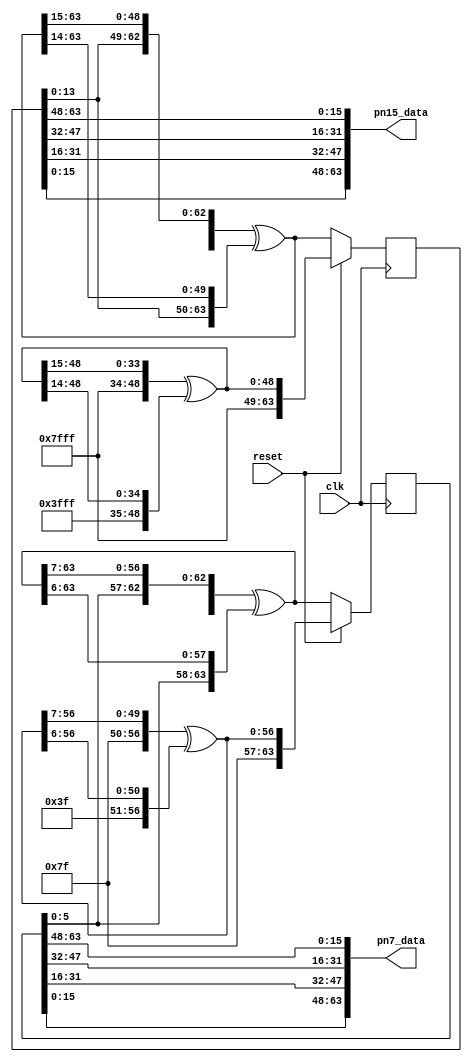
// ***************************************************************************
// ***************************************************************************
// Copyright 2018 (c) Analog Devices, Inc. All rights reserved.
//
// Each core or library found in this collection may have its own licensing terms.
// The user should keep this in in mind while exploring these cores.
//
// Redistribution and use in source and binary forms,
// with or without modification of this file, are permitted under the terms of either
//  (at the option of the user):
//
//   1. The GNU General Public License version 2 as published by the
//      Free Software Foundation, which can be found in the top level directory, or at:
// https://www.gnu.org/licenses/old-licenses/gpl-2.0.en.html
//
// OR
//
//   2.  An ADI specific BSD license as noted in the top level directory, or on-line at:
// https://github.com/analogdevicesinc/hdl/blob/dev/LICENSE
//
// ***************************************************************************
// ***************************************************************************

`timescale 1ns/100ps

module ad_ip_jesd204_tpl_dac_pn #(
  parameter DATA_PATH_WIDTH = 4,
  parameter CONVERTER_RESOLUTION = 16
) (
  input clk,
  input reset,

  output [DATA_PATH_WIDTH*CONVERTER_RESOLUTION-1:0] pn7_data,
  output [DATA_PATH_WIDTH*CONVERTER_RESOLUTION-1:0] pn15_data
);

  localparam CR = CONVERTER_RESOLUTION;
  localparam DW = DATA_PATH_WIDTH * CR - 1;

  /* We need at least enough bits to store the PN state */
  localparam PN7_W = DW > 6 ? DW : 6;
  localparam PN15_W = DW > 14 ? DW : 14;

  reg [PN7_W:0] pn7_state = {PN7_W+1{1'b1}};
  reg [PN15_W:0] pn15_state = {PN15_W+1{1'b1}};

  wire [DW:0] pn7;
  wire [DW+7:0] pn7_full_state;
  wire [PN7_W:0] pn7_reset;

  wire [DW:0] pn15;
  wire [DW+15:0] pn15_full_state;
  wire [PN15_W:0] pn15_reset;

  /* PN7 x^7 + x^6 + 1 */
  assign pn7 = pn7_full_state[7+:DW+1] ^ pn7_full_state[6+:DW+1];
  assign pn7_full_state = {pn7_state[6:0],pn7};

  /* PN15 x^15 + x^14 + 1 */
  assign pn15 = pn15_full_state[15+:DW+1] ^ pn15_full_state[14+:DW+1];
  assign pn15_full_state = {pn15_state[14:0],pn15};

  assign pn7_reset[PN7_W-:7] = {7{1'b1}};
  assign pn15_reset[PN15_W-:15] = {15{1'b1}};

  generate
    if (PN7_W >= 7) begin
      assign pn7_reset[PN7_W-7:0] = pn7_reset[PN7_W:7] ^ pn7_reset[PN7_W-1:6];
    end

    if (PN15_W >= 15) begin
      assign pn15_reset[PN15_W-15:0] = pn15_reset[PN15_W:15] ^ pn15_reset[PN15_W-1:14];
    end
  endgenerate

  always @(posedge clk) begin
    if (reset == 1'b1) begin
      pn7_state <= pn7_reset;
      pn15_state <= pn15_reset;
    end else begin
      pn7_state <= pn7_full_state[PN7_W:0];
      pn15_state <= pn15_full_state[PN15_W:0];
    end
  end

  generate
     /*
     * The first sample contains the first MSB of the PN sequence, but the first
     * sample is also in the LSB of the output data. So extract data at the MSB
     * sample of the PN state and put it into the LSB sample of the output data.
     */
    genvar i;
    for (i = 0; i <= DW; i = i + CR) begin: g_pn_swizzle
      assign pn7_data[i+:CR] = pn7_state[PN7_W-i-:CR];
      assign pn15_data[i+:CR] = pn15_state[PN15_W-i-:CR];
    end
  endgenerate

endmodule